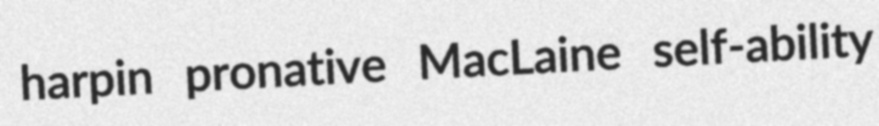
harpin pronative MacLaine self-ability